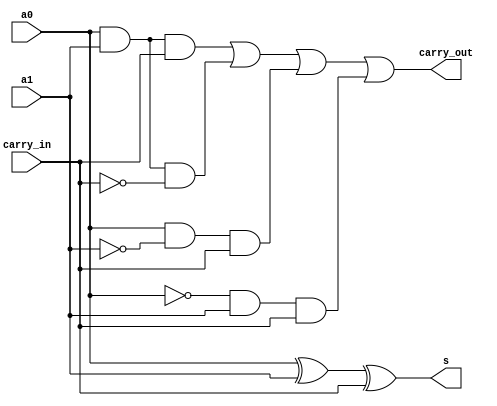
module fullAdder_neww (input a0,a1,carry_in, output s,carry_out);

    assign s = (a0 ^ a1) ^ carry_in;
    assign carry_out = (a0 & a1 & carry_in)|(a0 & a1 & ~carry_in)|(a0 & ~a1 & carry_in)|(~a0 & a1 & carry_in);

endmodule

module adder(enable,a0, a1,cout);

    input enable;
    input  [15:0] a0, a1;
    output [15:0] cout;
    
    wire c,d,e,f,g,h,i,j,k,l,m,n,o,p,q,r;
    wire input0,input1, input2, input3, input4, input5, input6, input7, input8, input9, input10,input11, input12, input13, input14, input15;

    xor(input0, enable, a1[0]);
    xor(input1, enable, a1[1]);
    xor(input2, enable, a1[2]);
    xor(input3, enable, a1[3]);
    xor(input4, enable, a1[4]);
    xor(input5, enable, a1[5]);
    xor(input6, enable, a1[6]);
    xor(input7, enable, a1[7]);
    xor(input8, enable, a1[8]);
    xor(input9, enable, a1[9]);
    xor(input10, enable, a1[10]);
    xor(input11, enable, a1[11]);
    xor(input12, enable, a1[12]);
    xor(input13, enable, a1[13]);
    xor(input14, enable, a1[14]);
    xor(input15, enable, a1[15]);

    
    //a0,a1,carry_in,s,carry_out    
    fullAdder_neww fa0(a0[0],input0,enable,cout[0],c);
    fullAdder_neww fa1(a0[1],input1,c,cout[1],d);
    fullAdder_neww fa2(a0[2],input2,d,cout[2],e);
    fullAdder_neww fa3(a0[3],input3,e,cout[3],f);
    fullAdder_neww fa4(a0[4],input4,f,cout[4],g);
    fullAdder_neww fa5(a0[5],input5,g,cout[5],h);
    fullAdder_neww fa6(a0[6],input6,h,cout[6],i);
    fullAdder_neww fa7(a0[7],input7,i,cout[7],j);
    fullAdder_neww fa8(a0[8],input8,j,cout[8],k);
    fullAdder_neww fa9(a0[9],input9,k,cout[9],l);
    fullAdder_neww fa10(a0[10],input10,l,cout[10],m);
    fullAdder_neww fa11(a0[11],input11,m,cout[11],n);
    fullAdder_neww fa12(a0[12],input12,n,cout[12],o);
    fullAdder_neww fa13(a0[13],input13,o,cout[13],p);
    fullAdder_neww fa14(a0[14],input14,p,cout[14],q);
    fullAdder_neww fa15(a0[15],input15,q,cout[15],r);


endmodule